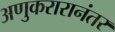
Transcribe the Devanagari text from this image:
अणुकरारानंतर